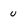
Character: U